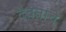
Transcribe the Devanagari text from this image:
दैवतांचे